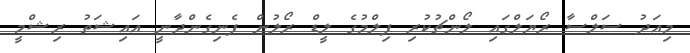
މިއަދު ސަލްސާ ރޯޔަލްގައި ލޯންޗުކުރި ފިލްމުގެ ލީޑް ރޯލުން ފެނިގެންދާނީ އައިޝަތު ރިޝްމީ